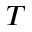
T